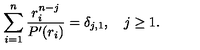
\sum _ { i = 1 } ^ { n } { \frac { r _ { i } ^ { n - j } } { P ^ { \prime } ( r _ { i } ) } } = \delta _ { j , 1 } , \quad j \geq 1 .